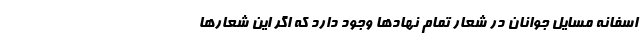
اسفانه مسایل جوانان در شعار تمام نهادها وجود دارد که اگر این شعارها